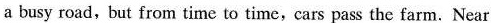
a busy road,but from time to time,cars pass the farm. Near